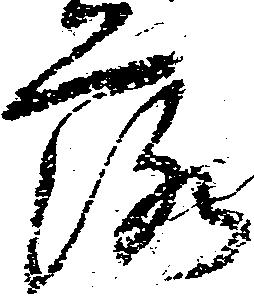
落